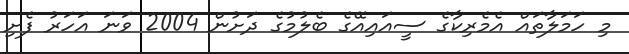
މި ހަމަލާތައް އެމެރިކާގެ ސީއައިއޭގެ ބެލުމުގެ ދަށުން 2004 ވަނަ އަހަރު ފެށި